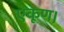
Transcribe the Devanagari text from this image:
एकूण।